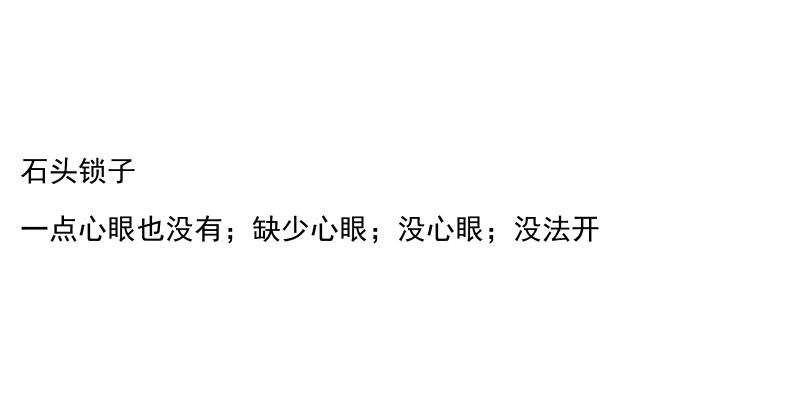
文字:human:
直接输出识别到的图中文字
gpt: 石头锁子 一点心眼也没有；缺少心眼；没心眼；没法开